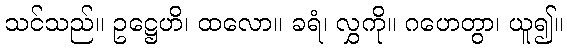
သင်သည်။ ဥဋ္ဌေဟိ၊ ထလော။ ခရံ၊ လွှကို။ ဂဟေတွာ၊ ယူ၍။